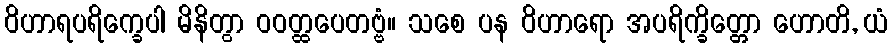
ဝိဟာရပရိက္ခေပါ မိနိတွာ ဝဝတ္ထပေတဗ္ဗံ။ သစေ ပန ဝိဟာရော အပရိက္ခိတ္တော ဟောတိ, ယံ